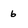
Character: 6